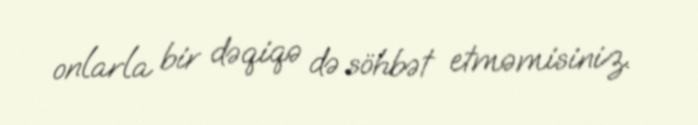
onlarla bir dəqiqə də söhbət etməmisiniz.